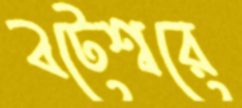
বটেশ্বরে